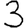
Digit: 3